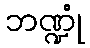
ဘဏ္ဍုံ